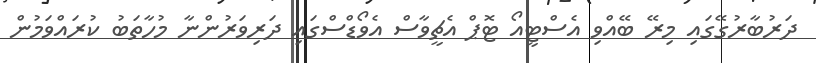
ދަރުބާރުގޭގައި މިރޭ ބޭއްވި އެސްޓީއޯ ޓޮޕް އެޗީވާސް އެވޯޑްސްގައި ދަރިވަރުންނާ މުހާތަބު ކުރައްވަމުން